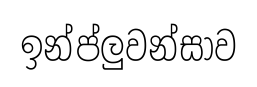
ඉන්ප්ලුවන්සාව